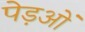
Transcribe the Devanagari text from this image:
पेड़ओं